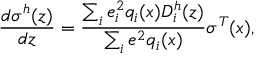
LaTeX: \frac { d \sigma ^ { h } ( z ) } { d z } = \frac { \sum _ { i } e _ { i } ^ { 2 } q _ { i } ( x ) D _ { i } ^ { h } ( z ) } { \sum _ { i } e ^ { 2 } q _ { i } ( x ) } \sigma ^ { T } ( x ) ,